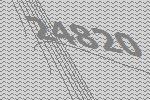
24820